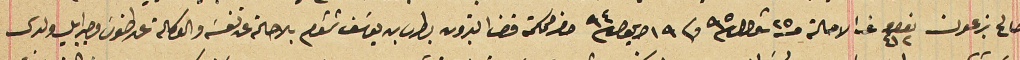
صالح بزعون نمرو ٤١٢ غب الاحالة حبه ٢٥ قيراط سنة ٩٥ و فى ١٩ ايلول سنة ٩٤ حضر محكمة قضا البترون بطرس بن يوسَف شمشوم بالاصالة عن نفسَه والوكالة عن طنوسَ وجبرايل ولدى